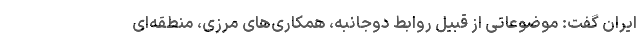
ایران گفت: موضوعاتی از قبیل روابط دوجانبه، همکاری‌های مرزی، منطقه‌ای